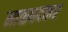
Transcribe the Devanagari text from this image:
माळवदकर